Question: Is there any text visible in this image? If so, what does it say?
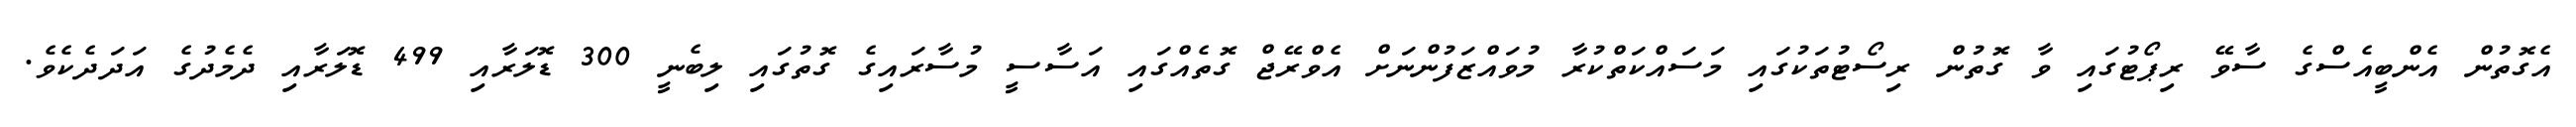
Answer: އެގޮތުން އެންބީއެސްގެ ސާވޭ ރިޕޯޓުގައި ވާ ގޮތުން ރިސޯޓުތަކުގައި މަސައްކަތްކުރާ މުވައްޒަފުންނަށް އެވްރޭޖް ގޮތެއްގައި އަސާސީ މުސާރައިގެ ގޮތުގައި ލިބެނީ 300 ޑޮލަރާއި 499 ޑޮލަރާއި ދެމެދުގެ އަދަދެކެވެ.